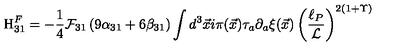
\mathrm { H } _ { 3 1 } ^ { F } = - \frac { 1 } { 4 } { \cal F } _ { 3 1 } \left( 9 \alpha _ { 3 1 } + 6 \beta _ { 3 1 } \right) \int d ^ { 3 } { \vec { x } } i \pi ( { \vec { x } } ) \tau _ { a } \partial _ { a } { \xi } ( \vec { x } ) \left( \frac { \ell _ { P } } { { \cal L } } \right) ^ { 2 \left( 1 + \Upsilon \right) }